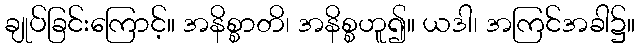
ချုပ်ခြင်းကြောင့်။ အနိစ္စာတိ၊ အနိစ္စဟူ၍။ ယဒါ၊ အကြင်အခါ၌။